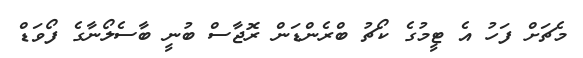
މެޗަށް ފަހު އެ ޓީމުގެ ކޯޗު ބްރެންޑަން ރޮޖާސް ބުނީ ބާސެލޯނާގެ ފޯވަޑް